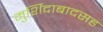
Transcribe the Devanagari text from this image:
मुर्शिदाबादसह